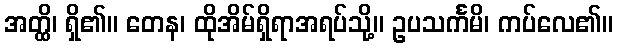
အတ္ထိ၊ ရှိ၏။ တေန၊ ထိုအိမ်ရှိရာအရပ်သို့။ ဥပသင်္ကမိ၊ ကပ်လေ၏။